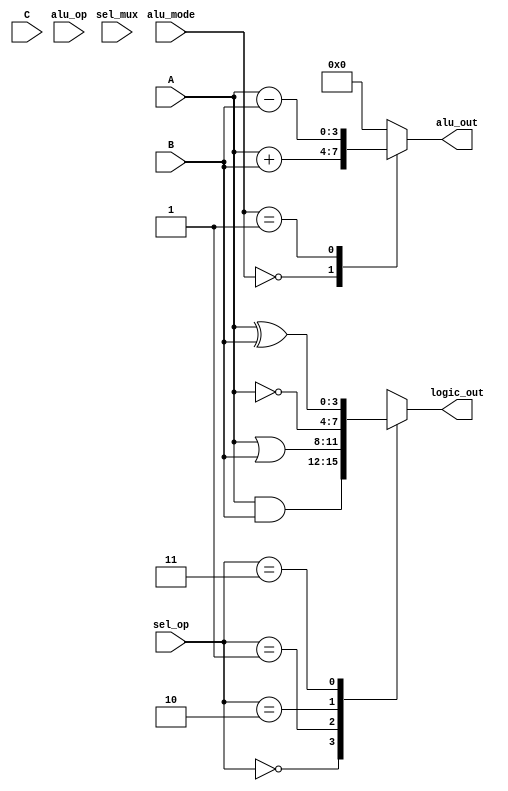
module CombinationalLogicBlock (
    input wire [3:0] A,         // 4-bit Input A
    input wire [3:0] B,         // 4-bit Input B
    input wire [3:0] C,         // 4-bit Input C
    input wire [1:0] sel_op,    // Select operation: 00 - AND, 01 - OR, 10 - NOT A, 11 - XOR
    input wire [1:0] sel_mux,   // Select multiplexer source: 00 - A, 01 - B, 10 - C
    input wire [1:0] alu_op,     // ALU operation select
    input wire [1:0] alu_mode,   // 00 - Addition, 01 - Subtraction
    output wire [3:0] alu_out,   // Output from ALU
    output wire [3:0] logic_out   // Output from logic unit
);

wire [3:0] logic_res;          // Intermediate logic results
wire [3:0] mux_out;            // Mux output

// Logic Units
always @(*) begin
    case (sel_op)
        2'b00: logic_res = A & B;      // AND operation
        2'b01: logic_res = A | B;      // OR operation
        2'b10: logic_res = ~A;         // NOT operation
        2'b11: logic_res = A ^ B;      // XOR operation
        default: logic_res = 4'b0000;  // Default case
    endcase
end

assign logic_out = logic_res;

// Multiplexer
always @(*) begin
    case (sel_mux)
        2'b00: mux_out = A;            // Select A
        2'b01: mux_out = B;            // Select B
        2'b10: mux_out = C;            // Select C
        default: mux_out = 4'b0000;    // Default case
    endcase
end

// Arithmetic Logic Unit (ALU)
reg [3:0] alu_result; // Register to hold ALU result

always @(*) begin
    case (alu_mode)
        2'b00: alu_result = A + B;     // Addition
        2'b01: alu_result = A - B;     // Subtraction
        default: alu_result = 4'b0000;  // Default case
    endcase
end

assign alu_out = alu_result;

endmodule